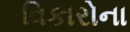
વિકારોના